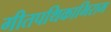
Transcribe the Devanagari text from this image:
गीतपथिकाभिराम